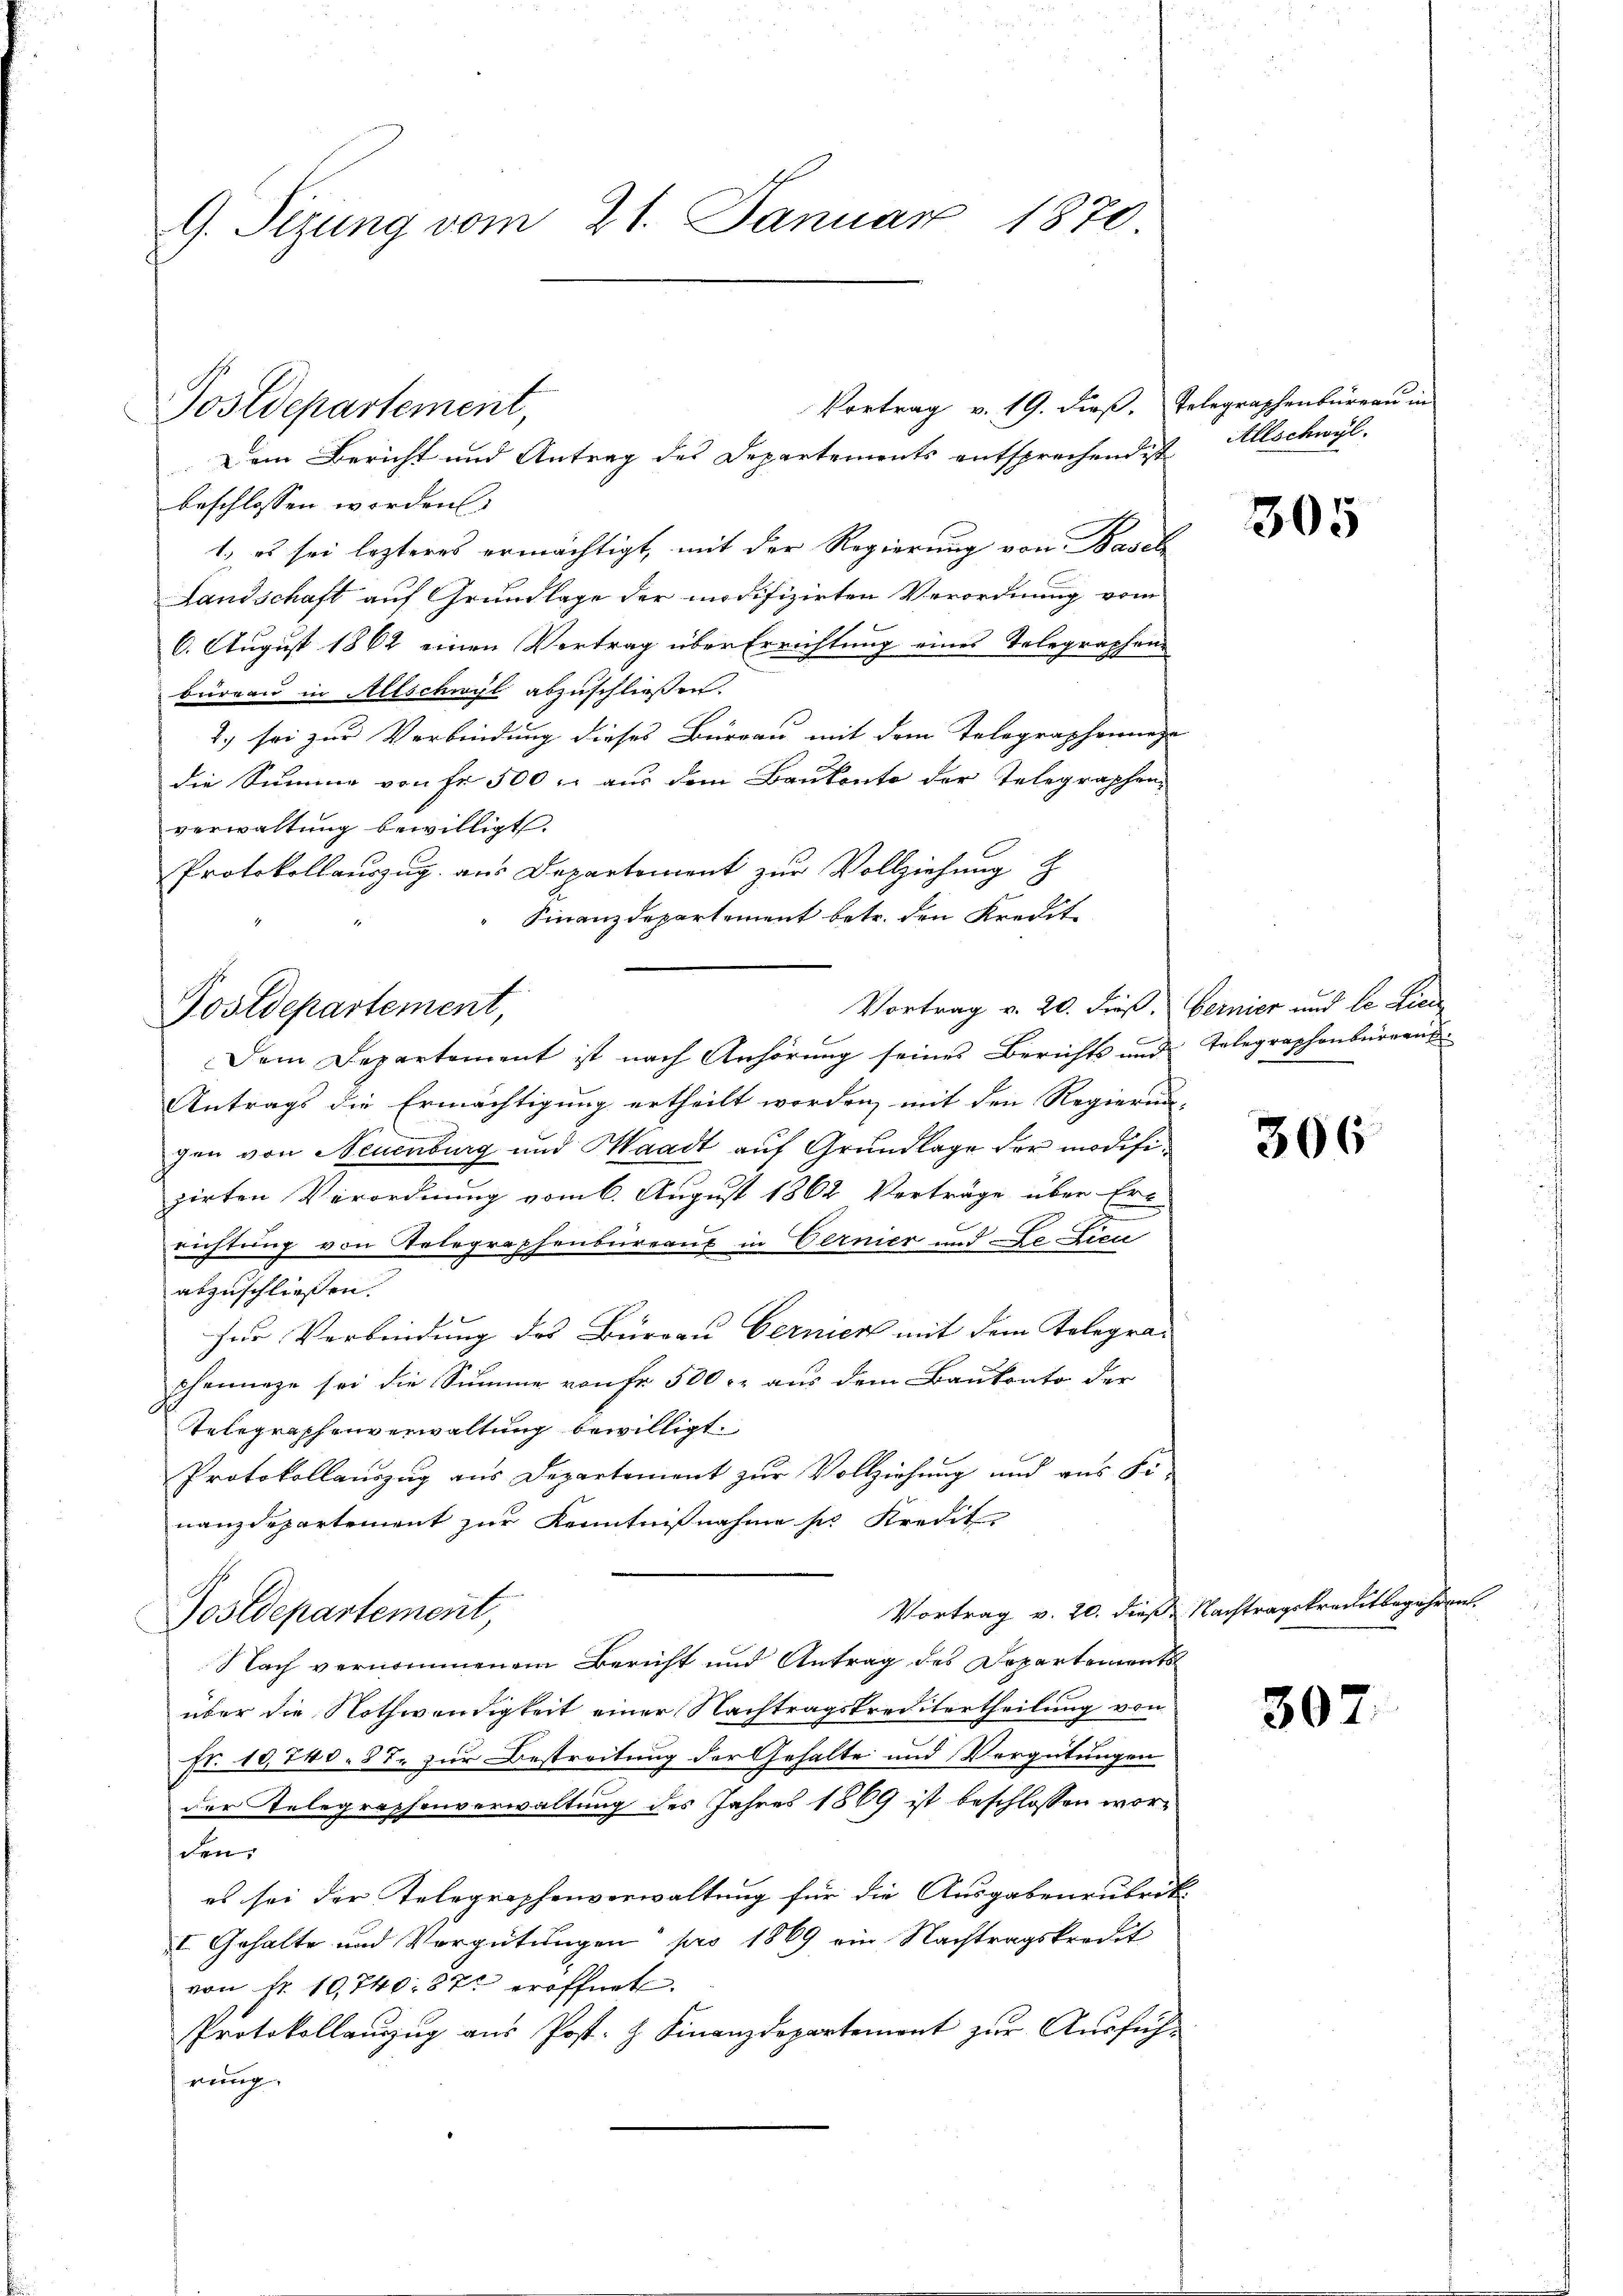
G. Sizung vom 21. Januar 1870

Postdepartement,

Postdepartement,

Vortrag v. 19. dieβ. Telegraphenbüreaŭ in
Dem Bericht und Antrag des Departements entsprechend ist
beschlossen worden.
1.) es sei lezteres ermächtigt, mit der Regierung von Basel
Landschaft auf Grundlage der modifizirten Verordnung vom
6. August 1862 einen Vertrag über Errichtung eines Telegraphen
büreau in Allschwyl abzuschließen.
2.) sei zur Verbindung dieses Büreau mit dem Telegraphennega
die Summe von Fr. 500 f: aus dem Baukonto der Telegraphen-
verwaltung bewilligt.
Protokollauszug aus Departement zur Vollziehung z
Finanzdepartement betr. den Kredit
Vortrag v. 20. dieß, bernier und le Lie
Dem Departement ist nach Anhörung seines Berichts und Telegraphenbürgent
Antrags die Ermächtigung ertheilt worden, mit den Regierung
gen von Neuenburg und Waadt auf Grundlage der modifizirten Verordnung vom 6. August 1862 Verträge über Er-
richtung von Telegraphenbureaus in Cernier und De Lieu
abzuschließen.
zur Verbindung des Burgau berniert mit dem Telegraphennige sei die Summe von Fr. 500. aus dem Baukonto der
Telegraphenverwaltung bewilligt.
Protokollauszug aus Departement zur Vollziehung und aus Finanzdepartement zur Kenntnißnahme sie Kredit
Vortrag v. 20. dieß Nachtragskreditbegehren.
Postdepartement,
Nach vernommenem Bericht und Antrag des Departements
über die Nothwendigkeit einer Nachtragskreditertheilung von
Fr. 10,740. 87. zur Bestreitung der Gehalte und Vergütungen
der Telegraphenverwaltung des Jahres 1869 ist beschlossen worschen.
es sei der Telegraphenverwaltung für die Ausgabenrubrik-
I Gehalte und Vergütungen pro 1869 ein Nachtragskredit
von Fr. 10,740. 872 eröffnet.
Protokollauszug aus Post. Z. Finanzdepartemont zur Ausführung.

Allschwyl.

305

306

307.